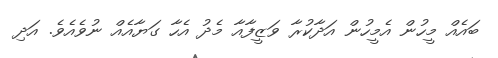
ބައެއް މީހުން އެމީހުން އަދާކުރާ ވަޒީފާއާ މެދު އެހާ ގަޔާއެއް ނުވެއެވެ. އަދި